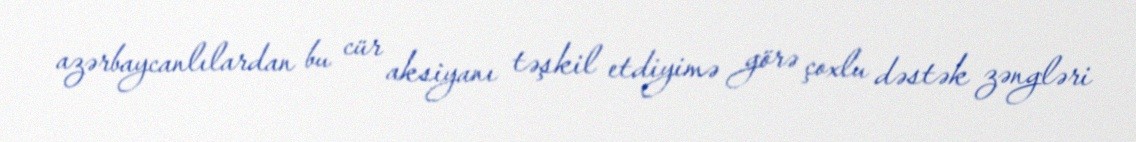
azərbaycanlılardan bu cür aksiyanı təşkil etdiyimə görə çoxlu dəstək zəngləri